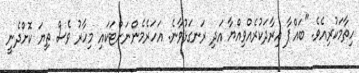
ހިތާމަކުރިއެވެ. "ބައްޕާ އިރާދަކުރެއްވިއްޔާ އަދި ރަނގަޅުވާނެ. އަހަރެމެންނަށްޓަކައި މިހާރު ވެސް ތިޔަ ކޮށްދެނީ